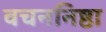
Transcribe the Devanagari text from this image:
वचननिष्ठा